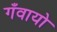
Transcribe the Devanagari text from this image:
गँवायो